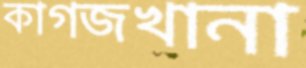
কাগজখানা